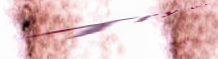
Try Our Pizza